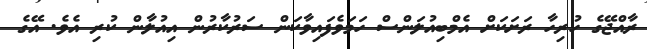
ރާއްޖޭގެ ހުރިހާ ރަށަކަށް އެމްބިއުލަންސް ހަމަވެފައިވާކަން ސަރުކާރުން އިއުލާން ކުރި އެވެ. އޭގެ